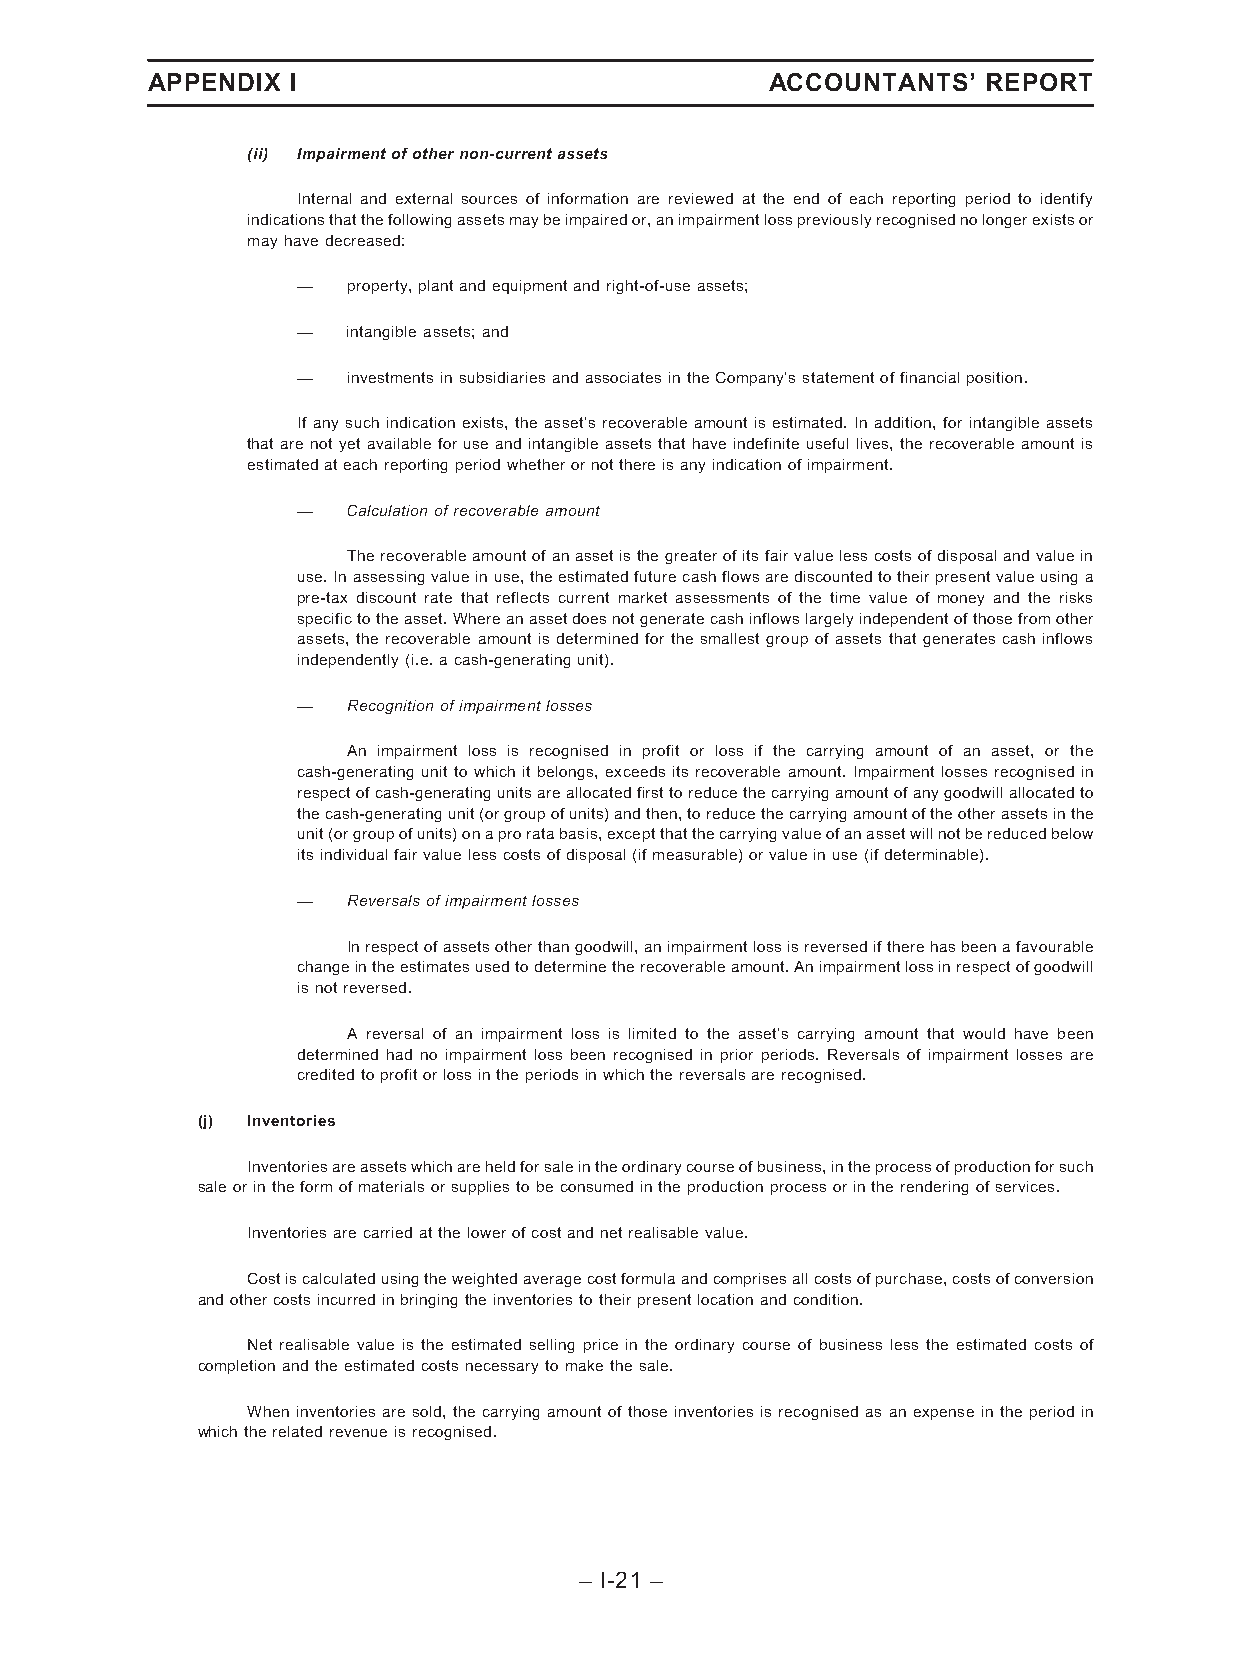
APPENDIX I                               ACCOUNTANTS’  REPORT
 (ii) Impairmentofothernon-currentassets
 Internal and external sources of information are reviewed at the end of each reporting period to identify
 indicationsthatthefollowingassetsmaybeimpairedor,animpairmentlosspreviouslyrecognisednolongerexistsor
 mayhavedecreased:
 —  property,plantandequipmentandright-of-useassets;
 —  intangibleassets;and
 —  investmentsinsubsidiariesandassociatesintheCompany’sstatementoffinancialposition.
 If any such indication exists, the asset’s recoverable amount is estimated. In addition, for intangible assets
 that arenot yet availablefor use andintangibleassetsthat have indefinite useful lives, therecoverableamount is
 estimatedateachreportingperiodwhetherornotthereisanyindicationofimpairment.
 —  Calculationofrecoverableamount
 Therecoverableamountofanassetisthegreaterofitsfairvaluelesscostsofdisposalandvaluein
 use.Inassessingvalueinuse,theestimatedfuturecashflowsarediscountedtotheirpresentvalueusinga
 pre-tax discount rate that reflects current market assessments of the time value of money and the risks
 specifictotheasset.Whereanassetdoesnotgeneratecashinflowslargelyindependentofthosefromother
 assets, the recoverable amount is determined for the smallest group of assets that generates cash inflows
 independently(i.e.acash-generatingunit).
 —  Recognitionofimpairmentlosses
 An impairment loss is recognised in profit or loss if the carrying amount of an asset, or the
 cash-generating unit to which it belongs, exceeds its recoverable amount. Impairment losses recognised in
 respectofcash-generatingunitsareallocatedfirsttoreducethecarryingamountofanygoodwillallocatedto
 thecash-generatingunit(orgroupofunits)andthen,toreducethecarryingamountoftheotherassetsinthe
 unit(orgroupofunits)onaproratabasis,exceptthatthecarryingvalueofanassetwillnotbereducedbelow
 itsindividualfairvaluelesscostsofdisposal(ifmeasurable)orvalueinuse(ifdeterminable).
 —  Reversalsofimpairmentlosses
 Inrespectofassetsotherthangoodwill,animpairmentlossisreversediftherehasbeenafavourable
 changeintheestimatesusedtodeterminetherecoverableamount.Animpairmentlossinrespectofgoodwill
 isnotreversed.
 A reversal of an impairment loss is limited to the asset’s carrying amount that would have been
 determined had no impairment loss been recognised in prior periods. Reversals of impairment losses are
 creditedtoprofitorlossintheperiodsinwhichthereversalsarerecognised.
 (j) Inventories
 Inventoriesareassetswhichareheldforsaleintheordinarycourseofbusiness,intheprocessofproductionforsuch
 saleorintheformofmaterialsorsuppliestobeconsumedintheproductionprocessorintherenderingofservices.
 Inventoriesarecarriedatthelowerofcostandnetrealisablevalue.
 Costiscalculatedusingtheweightedaveragecostformulaandcomprisesallcostsofpurchase,costsofconversion
 andothercostsincurredinbringingtheinventoriestotheirpresentlocationandcondition.
 Net realisable value is the estimated selling price in the ordinary course of business less the estimated costs of
 completionandtheestimatedcostsnecessarytomakethesale.
 When inventories are sold, the carrying amount of those inventories is recognised as an expense in the period in
 whichtherelatedrevenueisrecognised.
 – I-21 –